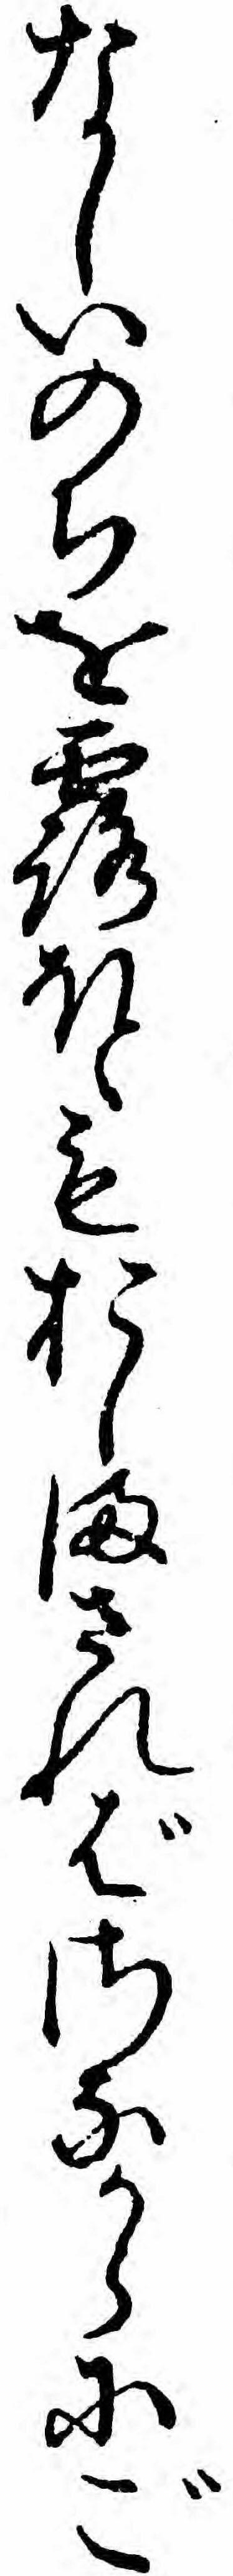
なしいのちを露ほともおしまさればさなからにご